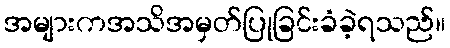
အများကအသိအမှတ်ပြုခြင်းခံခဲ့ရသည်။